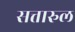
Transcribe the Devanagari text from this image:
सत्तारुल